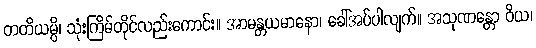
တတိယမ္ပိ၊ သုံးကြိမ်တိုင်လည်းကောင်း။ အာမန္တယမာနော၊ ခေါ်အပ်ပါလျက်။ အသုဏန္တော ဝိယ၊